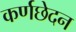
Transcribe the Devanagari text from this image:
कर्णछेदन